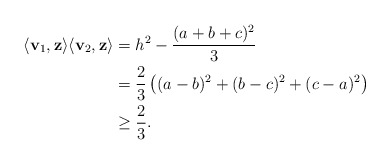
\begin{align*}\langle \mathbf{v}_1, \mathbf{z} \rangle \langle \mathbf{v}_2, \mathbf{z} \rangle &= h^2 - \frac{(a + b + c)^2}3 \\&= \frac23\left((a - b)^2 + (b - c)^2 + (c - a)^2\right) \\&\ge \frac23.\end{align*}